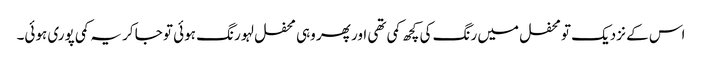
اس کے نزدیک تو محفل میں رنگ کی کچھ کمی تھی اور پھر وہی محفل لہو رنگ ہوئی تو جا کر یہ کمی پوری ہوئی۔